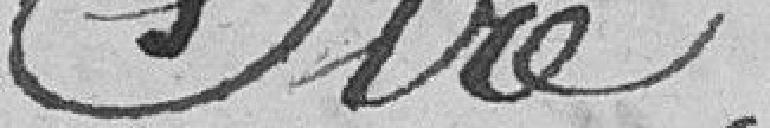
fidélité et de son dévouement.